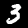
Digit: 3